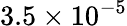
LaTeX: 3.5\times 10^{-5}